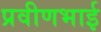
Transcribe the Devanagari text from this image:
प्रवीणभाई